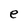
Character: e